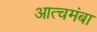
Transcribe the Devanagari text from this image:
आत्चमंबा